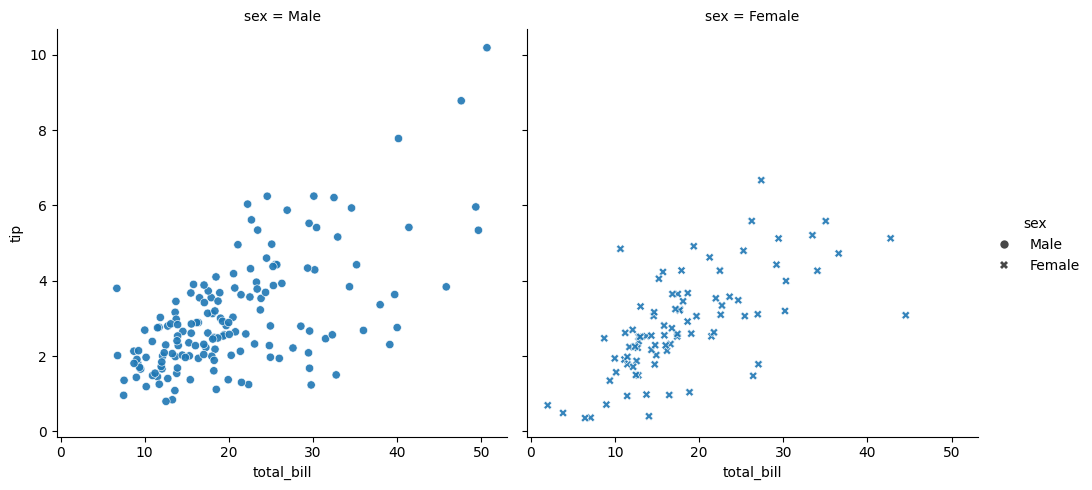
python, seaborn, relplot, alpha=0.9